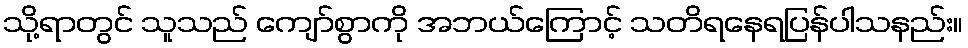
သို့ရာတွင် သူသည် ကျော်စွာကို အဘယ်ကြောင့် သတိရနေရပြန်ပါသနည်း။